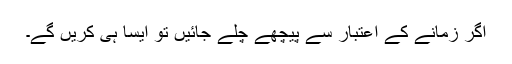
اگر زمانے کے اعتبار سے پیچھے چلے جائیں تو ایسا ہى کریں گے۔